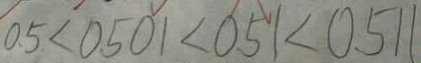
0 . 5 < 0 . 5 0 1 < 0 . 5 1 < 0 . 5 1 1